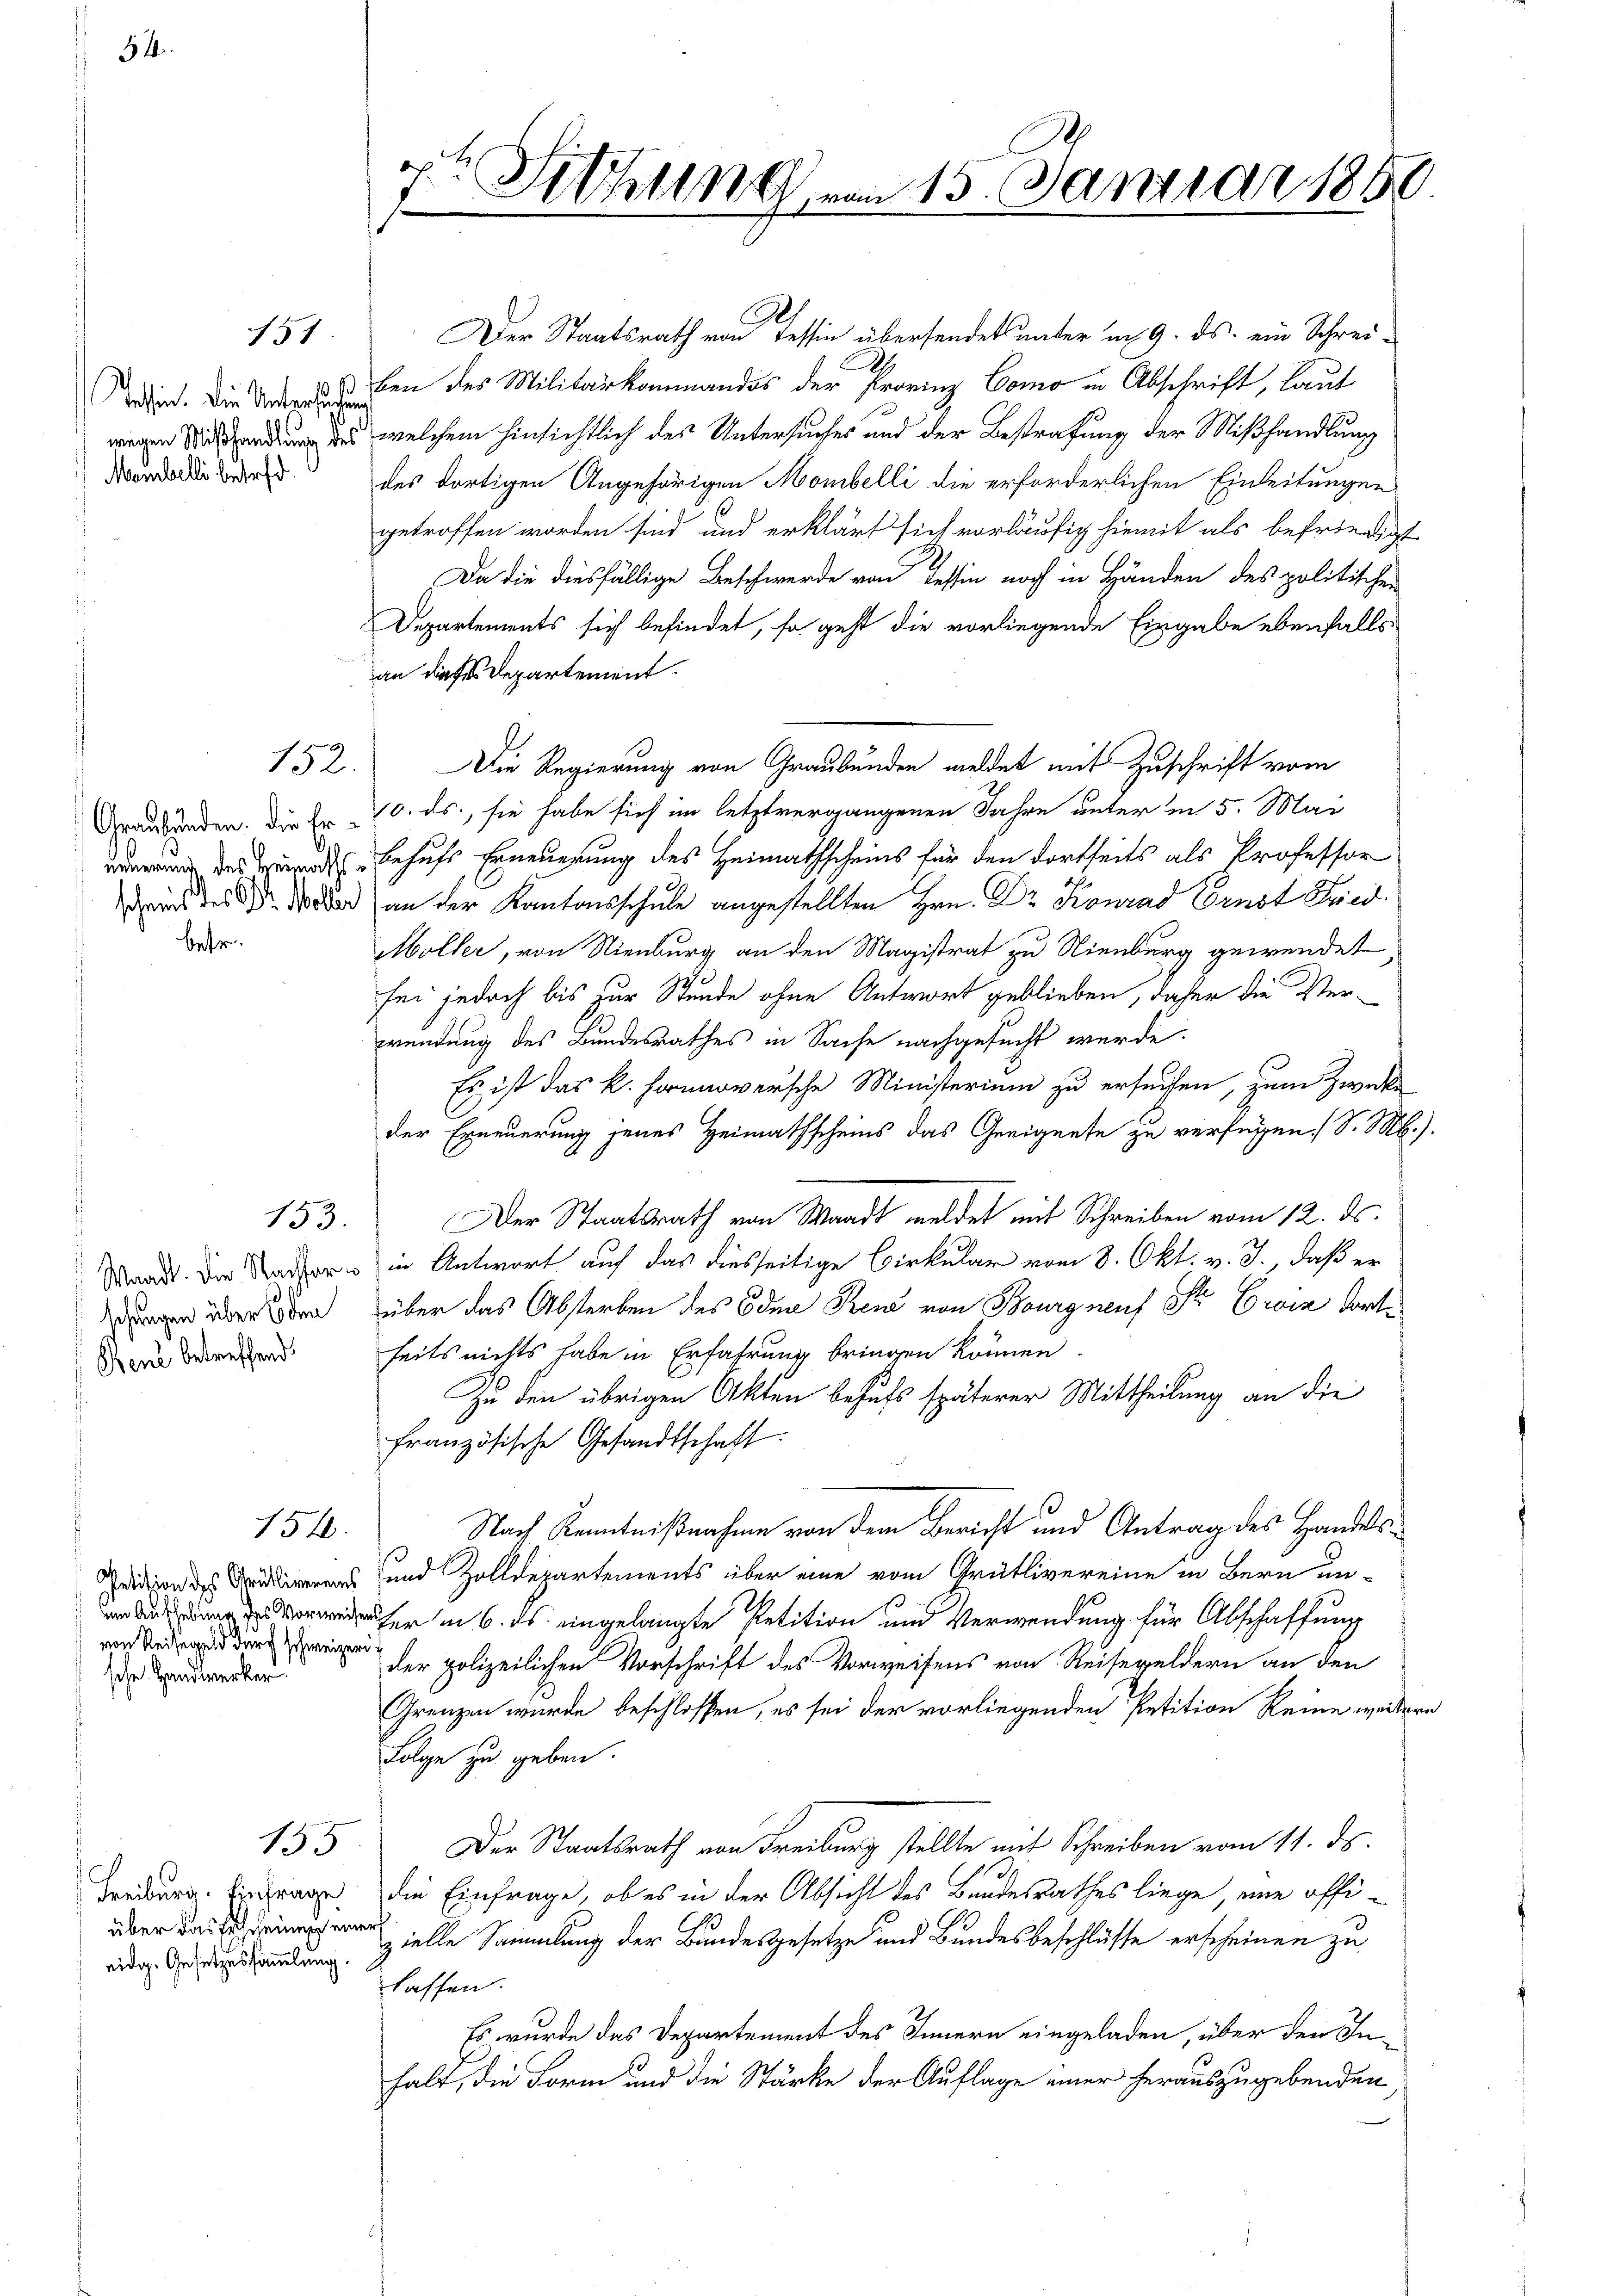
54

betr

151

Tothin. Die Untersuchen
wigen Mißhandlung des
Maibelli betreff

152

Graubünden. Die Erneuerung des Heimathsscheint des Dr. Woller

Waadt. Die Nachforschungen über den
Benz betreffend

153.

Petition des Grütlivereins
um Aufhebung des Vorweise
von Reisegeld durch schweizer
sche Handwerker

154.

133

Freiburg. Einfrage
über das Erscheinung en
eidg. Gesetzessammlung

h

4te Sitzung vom 15. Januar 1850.

Der Staatsrath von Tessin übersendet unter im 9. ds. ein Schreiben des Militärkommandos der Provinz Como in Abschrift, laut
welchem hinsichtlich des Untersuches und der Bestrafung der Mißhandlung
des dortigen Angehörigen Mombelli die erforderlichen Einleitungen
getroffen worden sind und erklärt sich vorläufig hiemit als befriedigt
Da die diesfällige Beschwerde von Tessin noch in Händen des politischen
Departements sich befindet, so geht die vorliegende Eingabe ebenfalls
an dieses Departement.
Die Regierung von Graubünden meldet mit Zuschrift vom
10. ds., sie habe sich im letztvergangenen Jahre unter in 5. Mai
behufs Erneuerung des Heimathscheins für den dortseits als Professor
an der Kantonsschule angestellten Hrn. Dr Konrad Ernst Fried
Möller, von Nienburg an den Magistrat zu Nienburg gewendet
sei jedoch bis zur Stunde ohne Antwort geblieben, daher die Verwendung des Bundesrathes in Sache nachgesucht werde.
Es ist das k. Hannoversche Ministerium zu ersuchen, zum Zwecke
der Erneuerung jenes Heimathscheins das Geeignete zu verfügen. S. M.,
Der Staatsrath von Waadt meldet mit Schreiben vom 12. ds.
in Antwort auf das diesseitige Birkular vom 8. Okt. v. J., daß er
über das Absterben des Oden Sei von Bourg neuf Sr Ewig dortseits nichts habe in Erfahrung bringen können.
Zu den übrigen Akten behufs späterer Mittheilung an die
französische Gesandtschaft:
Nach Kenntnißnahme von dem Bericht und Antrag des Handels¬
und Zolldepartements über eine vom Grütlivereine in Bern un-
fer in 6. ds. eingelangte Petition und Verwendung für Abschaffung
der polizeilichen Vorschrift des Vorweisens von Reisegeldern an den
Grenzen wurde beschlossen, es sei der vorliegenden Petition keine weiter
Folge zu geben.
Der Staatsrath von Freiburg stellte mit Schreiben vom 11. ds.
die Einfrage, ob es in der Absicht des Bundesrathes liege eine offi-
zielle Sammlung der Bundesgesetze und Bundesbeschlüsse erscheinen zu
laffen.
Es wurde das Departement des Innern eingeladen, über den Inhalt, die Form und die Stärke der Auflage einer herauszugebenden